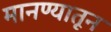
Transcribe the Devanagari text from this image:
मानण्यातून